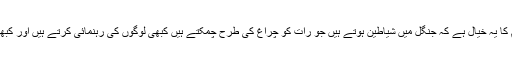
(غول سے مراد عوام کا یہ خیال ہے کہ جنگل میں شیاطین ہوتے ہیں جو رات کو چراغ کی طرح چمکتے ہیں کبھی لوگوں کی رہنمائی کرتے ہیں اور کبھی قتل کر دیتے ہیں)۔